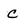
Character: C